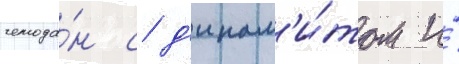
чемода́н с д'инам'и́том и́